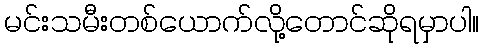
မင်းသမီးတစ်ယောက်လို့တောင်ဆိုရမှာပါ။